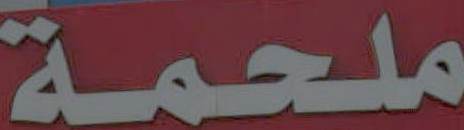
ملحمة